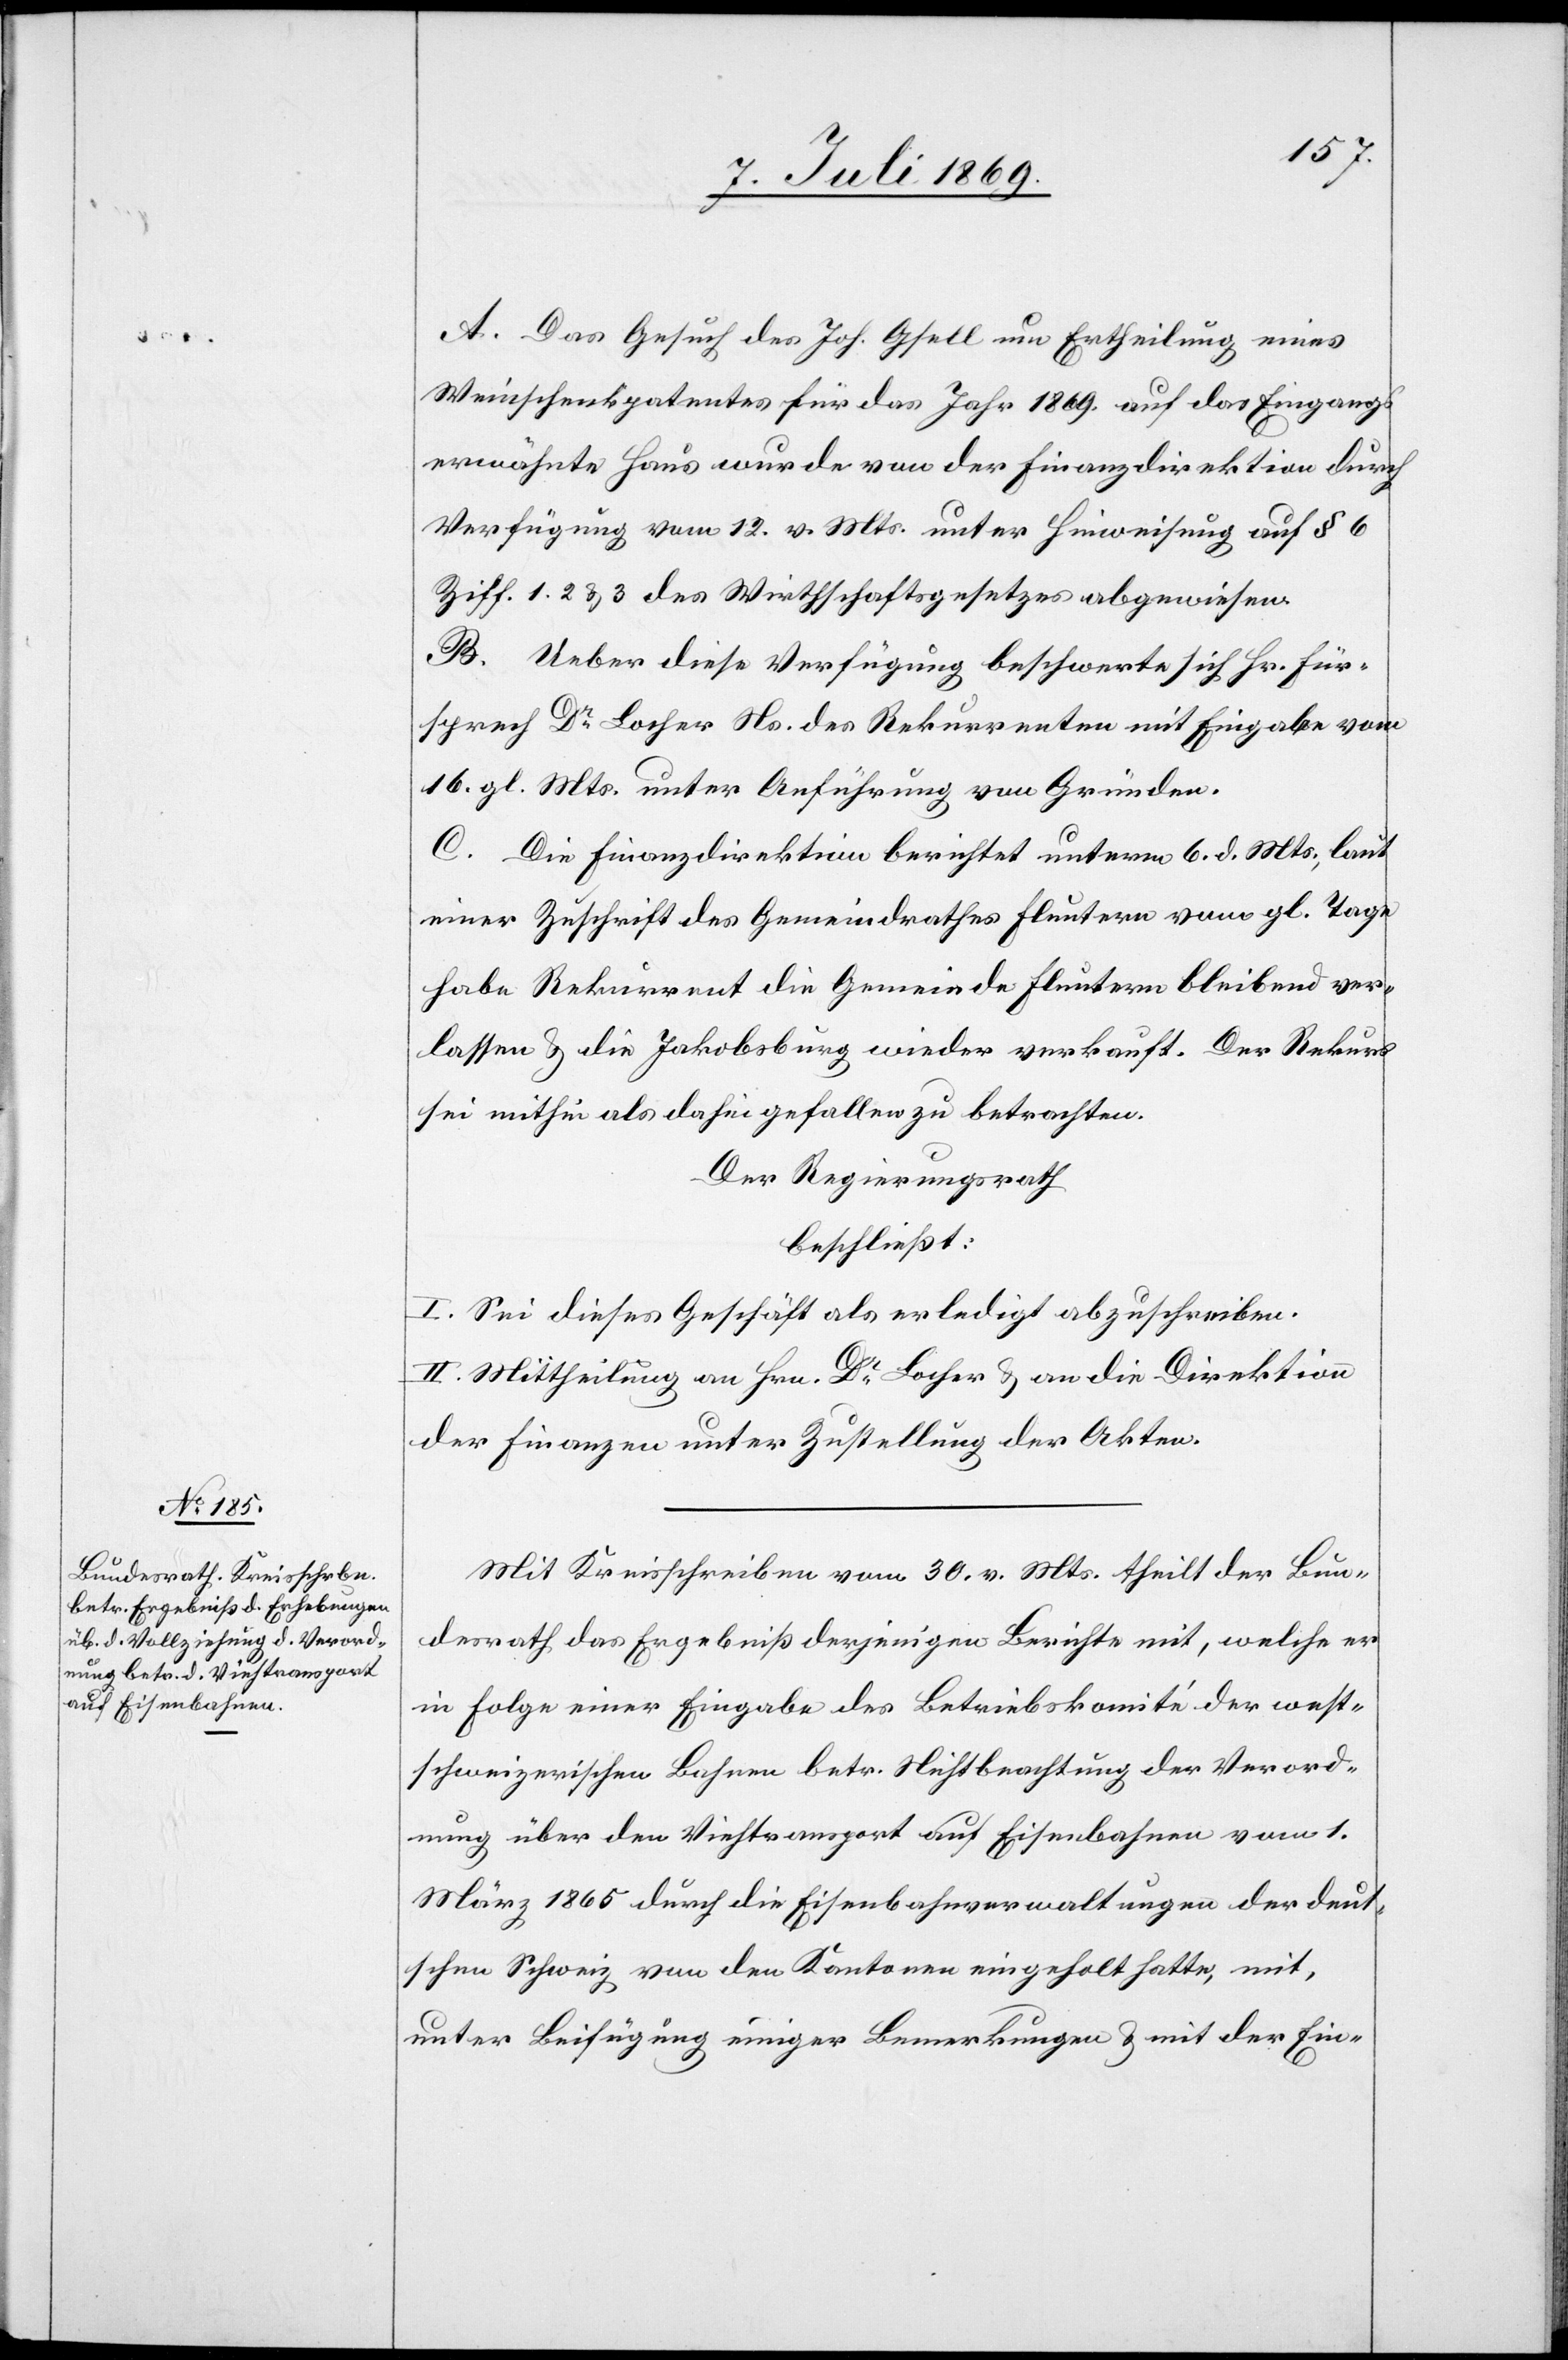
A. Das Gesuch des Joh. Gfell um Ertheilung eines
Weinschenkpatentes für das Jahr 1869 auf das Eingangs¬
erwähnte Haus wurde von der Finanzdirektion durch
Verfügung vom 12 v. Mts. unter Hinweisung auf § 6
Ziff. 1,2 u. 3 des Wirthschaftsgesetzes abgewiesen.
B. Ueber diese Verfügung beschwerte sich Hr. Für¬
sprech Dr Locher Ns. des Rekurrenten mit Eingabe vom
16 gl. Mts. unter Anführung von Gründen.
C. Die Finanzdirektion berichtet unterm 6 d. Mts., laut
einer Zuschrift des Gemeindrathes Fluntern vom gl. Tage
habe Rekurrent die Gemeinde Fluntern bleibend ver¬
lassen u. die Jakobsburg wieder verkauft. Der Rekurs
sei mithin als dahin gefallen zu betrachten.
Der Regierungsrath
beschließt:
I. Sei dieses Geschäft als erledigt abzuschreiben.
II. Mittheilung an Hrn. Dr Locher u. an die Direktion
der Finanzen unter Zustellung der Akten.
Mit Kreisschreiben vom 30 v. Mts. theilt der Bun¬
desrath, das Ergebniß derjenigen Berichte mit, welche er
in Folge einer Eingabe des Betriebskomité der west¬
schweizerischen Bahnen betr. Nichtbeachtung der Verord¬
nung über den Viehtransport auf Eisenbahnen vom 1
März 1865 durch die Eisenbahnverwaltungen der deut¬
schen Schweiz von den Kantonen eingeholt hatte, mit,
unter Beifügung einiger Bemerkungen u. mit der Ein-